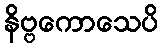
နိဗ္ဗကောသေပိ